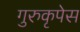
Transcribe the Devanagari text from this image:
गुरुकृपेस